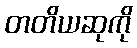
တတိယဆုကို